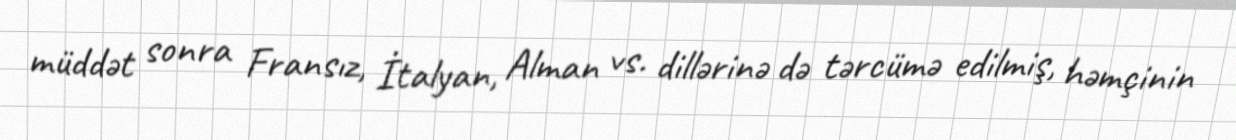
müddət sonra Fransız, İtalyan, Alman vs. dillərinə də tərcümə edilmiş, həmçinin